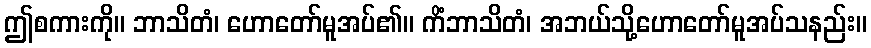
ဤစကားကို။ ဘာသိတံ၊ ဟောတော်မူအပ်၏။ ကိံဘာသိတံ၊ အဘယ်သို့ဟောတော်မူအပ်သနည်း။